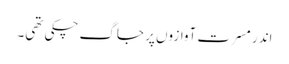
اندر مسرت آوازوں پر جاگ چکی تھی۔